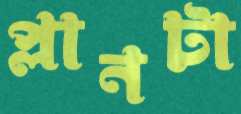
প্লানটা